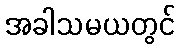
အခါသမယတွင်